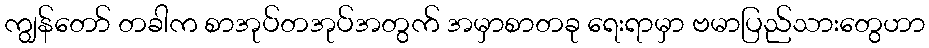
ကျွန်တော် တခါက စာအုပ်တအုပ်အတွက် အမှာစာတခု ရေးရာမှာ ဗမာပြည်သားတွေဟာ